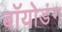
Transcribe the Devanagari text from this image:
बॉयोडंग